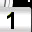
Digit: 1